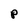
Character: P